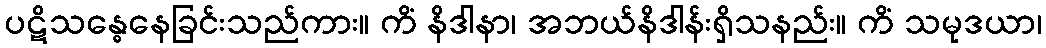
ပဋိသန္ဓေနေခြင်းသည်ကား။ ကိံ နိဒါနာ၊ အဘယ်နိဒါန်းရှိသနည်း။ ကိံ သမုဒယာ၊